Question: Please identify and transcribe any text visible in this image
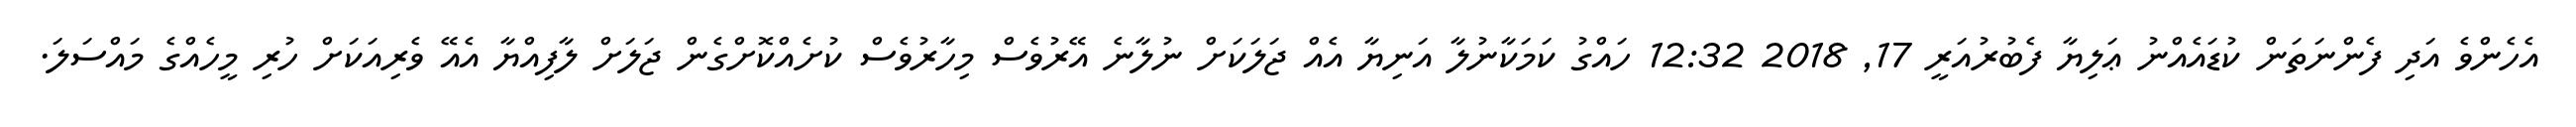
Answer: އެހެންވެ އަދި ފެންނަތަން ކުޑައެއްނު ޢަލިޔާ ފެބުރުއަރީ 17, 2018 12:32 ހައްގު ކަމަކާނުލާ އަނިޔާ އެއް ޖަލަކަށް ނުލާނެ އޭރުވެސް މިހާރުވެސް ކުށެއްކޮށްގެން ޖަލަށް ލާފިއްޔާ އެއޭ ވެރިއަކަށް ހުރި މީހެއްގެ މައްސަލަ.